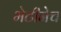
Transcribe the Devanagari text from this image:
भेटीनेच